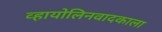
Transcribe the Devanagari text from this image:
व्हायोलिनवादकाला